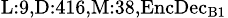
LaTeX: _{\textrm{L}:9,\textrm{D}:416,\textrm{M}:38,\textrm{EncDec}_{\textrm{B}1}}